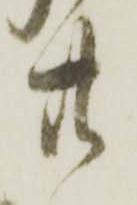
廿